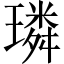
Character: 璘